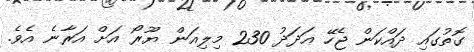
ގޮތުގައި ދައްކަން ޖެހޭ އަދަދު 230 މިލިއަން ޔޫރޯ އަށް އަރާނެ އެވެ.